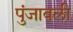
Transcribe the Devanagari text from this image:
पुंजावली